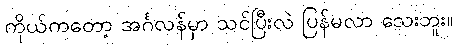
ကိုယ်ကတော့ အင်္ဂလန်မှာ သင်ပြီးလဲ ပြန်မလာ သေးဘူး။